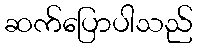
ဆက်ပြောပါသည်